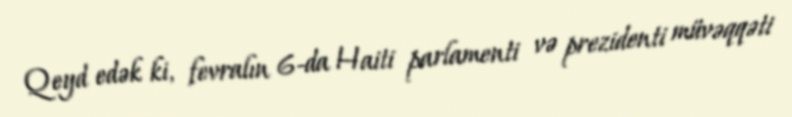
Qeyd edək ki, fevralın 6-da Haiti parlamenti və prezidenti müvəqqəti